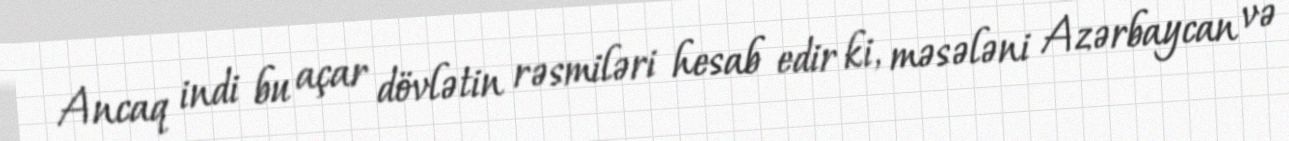
Ancaq indi bu açar dövlətin rəsmiləri hesab edir ki, məsələni Azərbaycan və